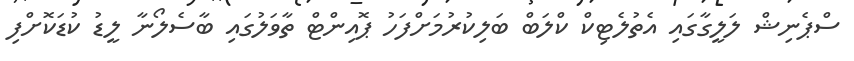
ސްޕެނިޝް ލަލީގާގައި އެތުލެޓިކް ކްލަބް ބަލިކުރުމަށްފަހު ޕޮއިންޓް ތާވަލުގައި ބާސެލޯނާ ލީޑު ކުޑަކޮށްފި